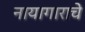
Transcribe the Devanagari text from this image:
नायागाराचे